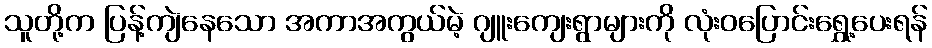
သူတို့က ပြန့်ကျဲနေသော အကာအကွယ်မဲ့ ဂျူးကျေးရွာများကို လုံးဝပြောင်းရွှေ့ပေးရန်